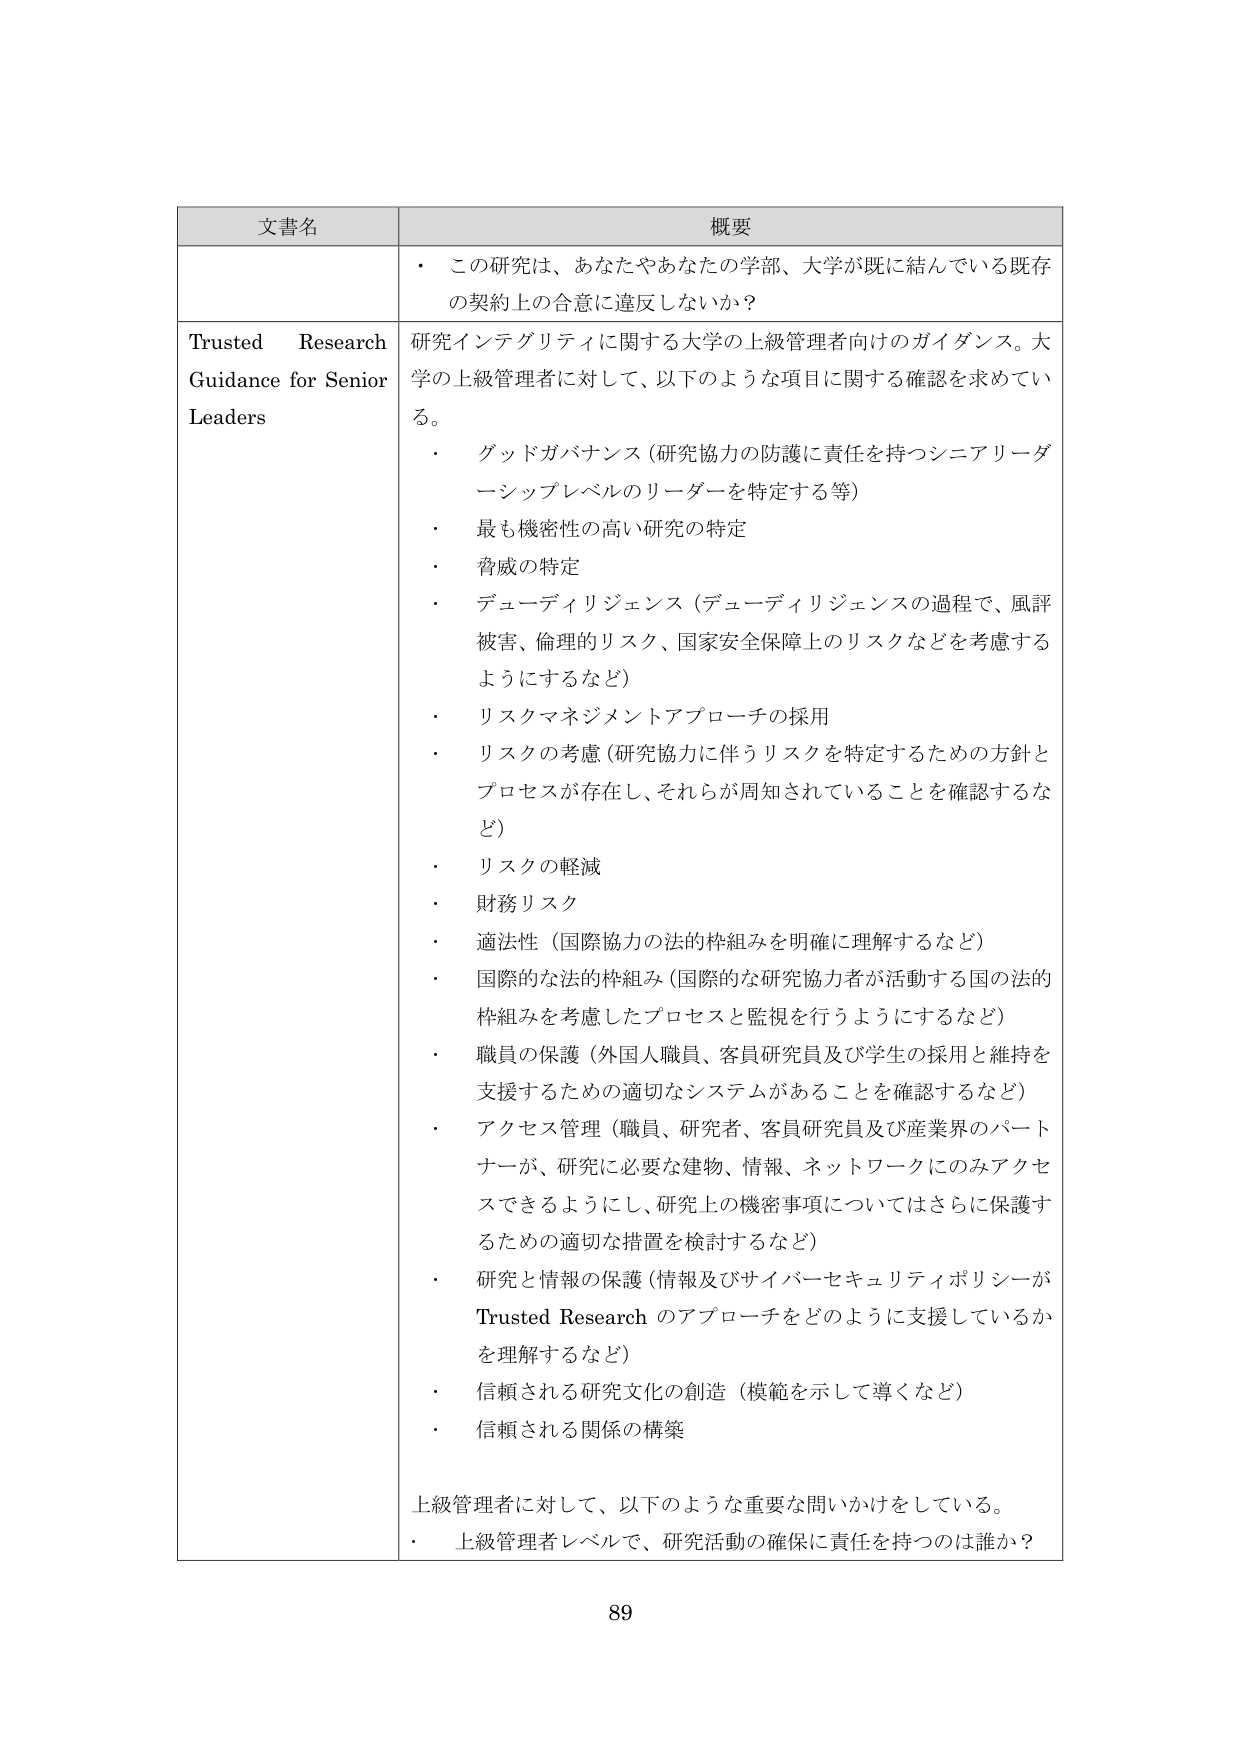
文書名 概要
・ この研究は、あなたやあなたの学部、大学が既に結んでいる既存の契約上の合意に違反しないか？
Trusted Research Guidance for Senior Leaders 研究インテグリティに関する大学の上級管理者向けのガイダンス。大学の上級管理者に対して、以下のような項目に関する確認を求めている。
・ グッドガバナンス（研究協力の防護に責任を持つシニアリーダーシップレベルのリーダーを特定する等）
・ 最も機密性の高い研究の特定
・ 脅威の特定
・ デューディリジェンス（デューディリジェンスの過程で、風評被害、倫理的リスク、国家安全保障上のリスクなどを考慮するようにするなど）
・ リスクマネジメントアプローチの採用
・ リスクの考慮（研究協力に伴うリスクを特定するための方針とプロセスが存在し、それらが周知されていることを確認するなど）
・ リスクの軽減
・ 財務リスク
・ 適法性（国際協力の法的枠組みを明確に理解するなど）
・ 国際的な法的枠組み（国際的な研究協力者が活動する国の法的枠組みを考慮したプロセスと監視を行うようにするなど）
・ 職員の保護（外国人職員、客員研究員及び学生の採用と維持を支援するための適切なシステムがあることを確認するなど）
・ アクセス管理（職員、研究者、客員研究員及び産業界のパートナーが、研究に必要な建物、情報、ネットワークにのみアクセスできるようにし、研究上の機密事項についてはさらに保護するための適切な措置を検討するなど）
・ 研究と情報の保護（情報及びサイバーセキュリティポリシーが Trusted Research のアプローチをどのように支援しているかを理解するなど）
・ 信頼される研究文化の創造（模範を示して導くなど）
・ 信頼される関係の構築
上級管理者に対して、以下のような重要な問いかけをしている。
・ 上級管理者レベルで、研究活動の確保に責任を持つのは誰か？
89